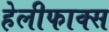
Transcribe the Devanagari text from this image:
हेलीफाक्स